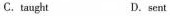
C.taught D.sent